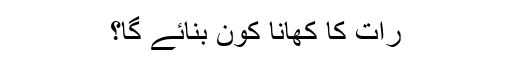
رات کا کھانا کون بنائے گا؟